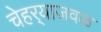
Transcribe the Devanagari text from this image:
चेहर्‍याजवळ